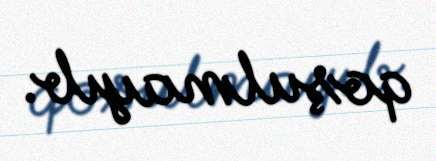
qoşulmayıb.